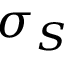
\sigma _ { S }